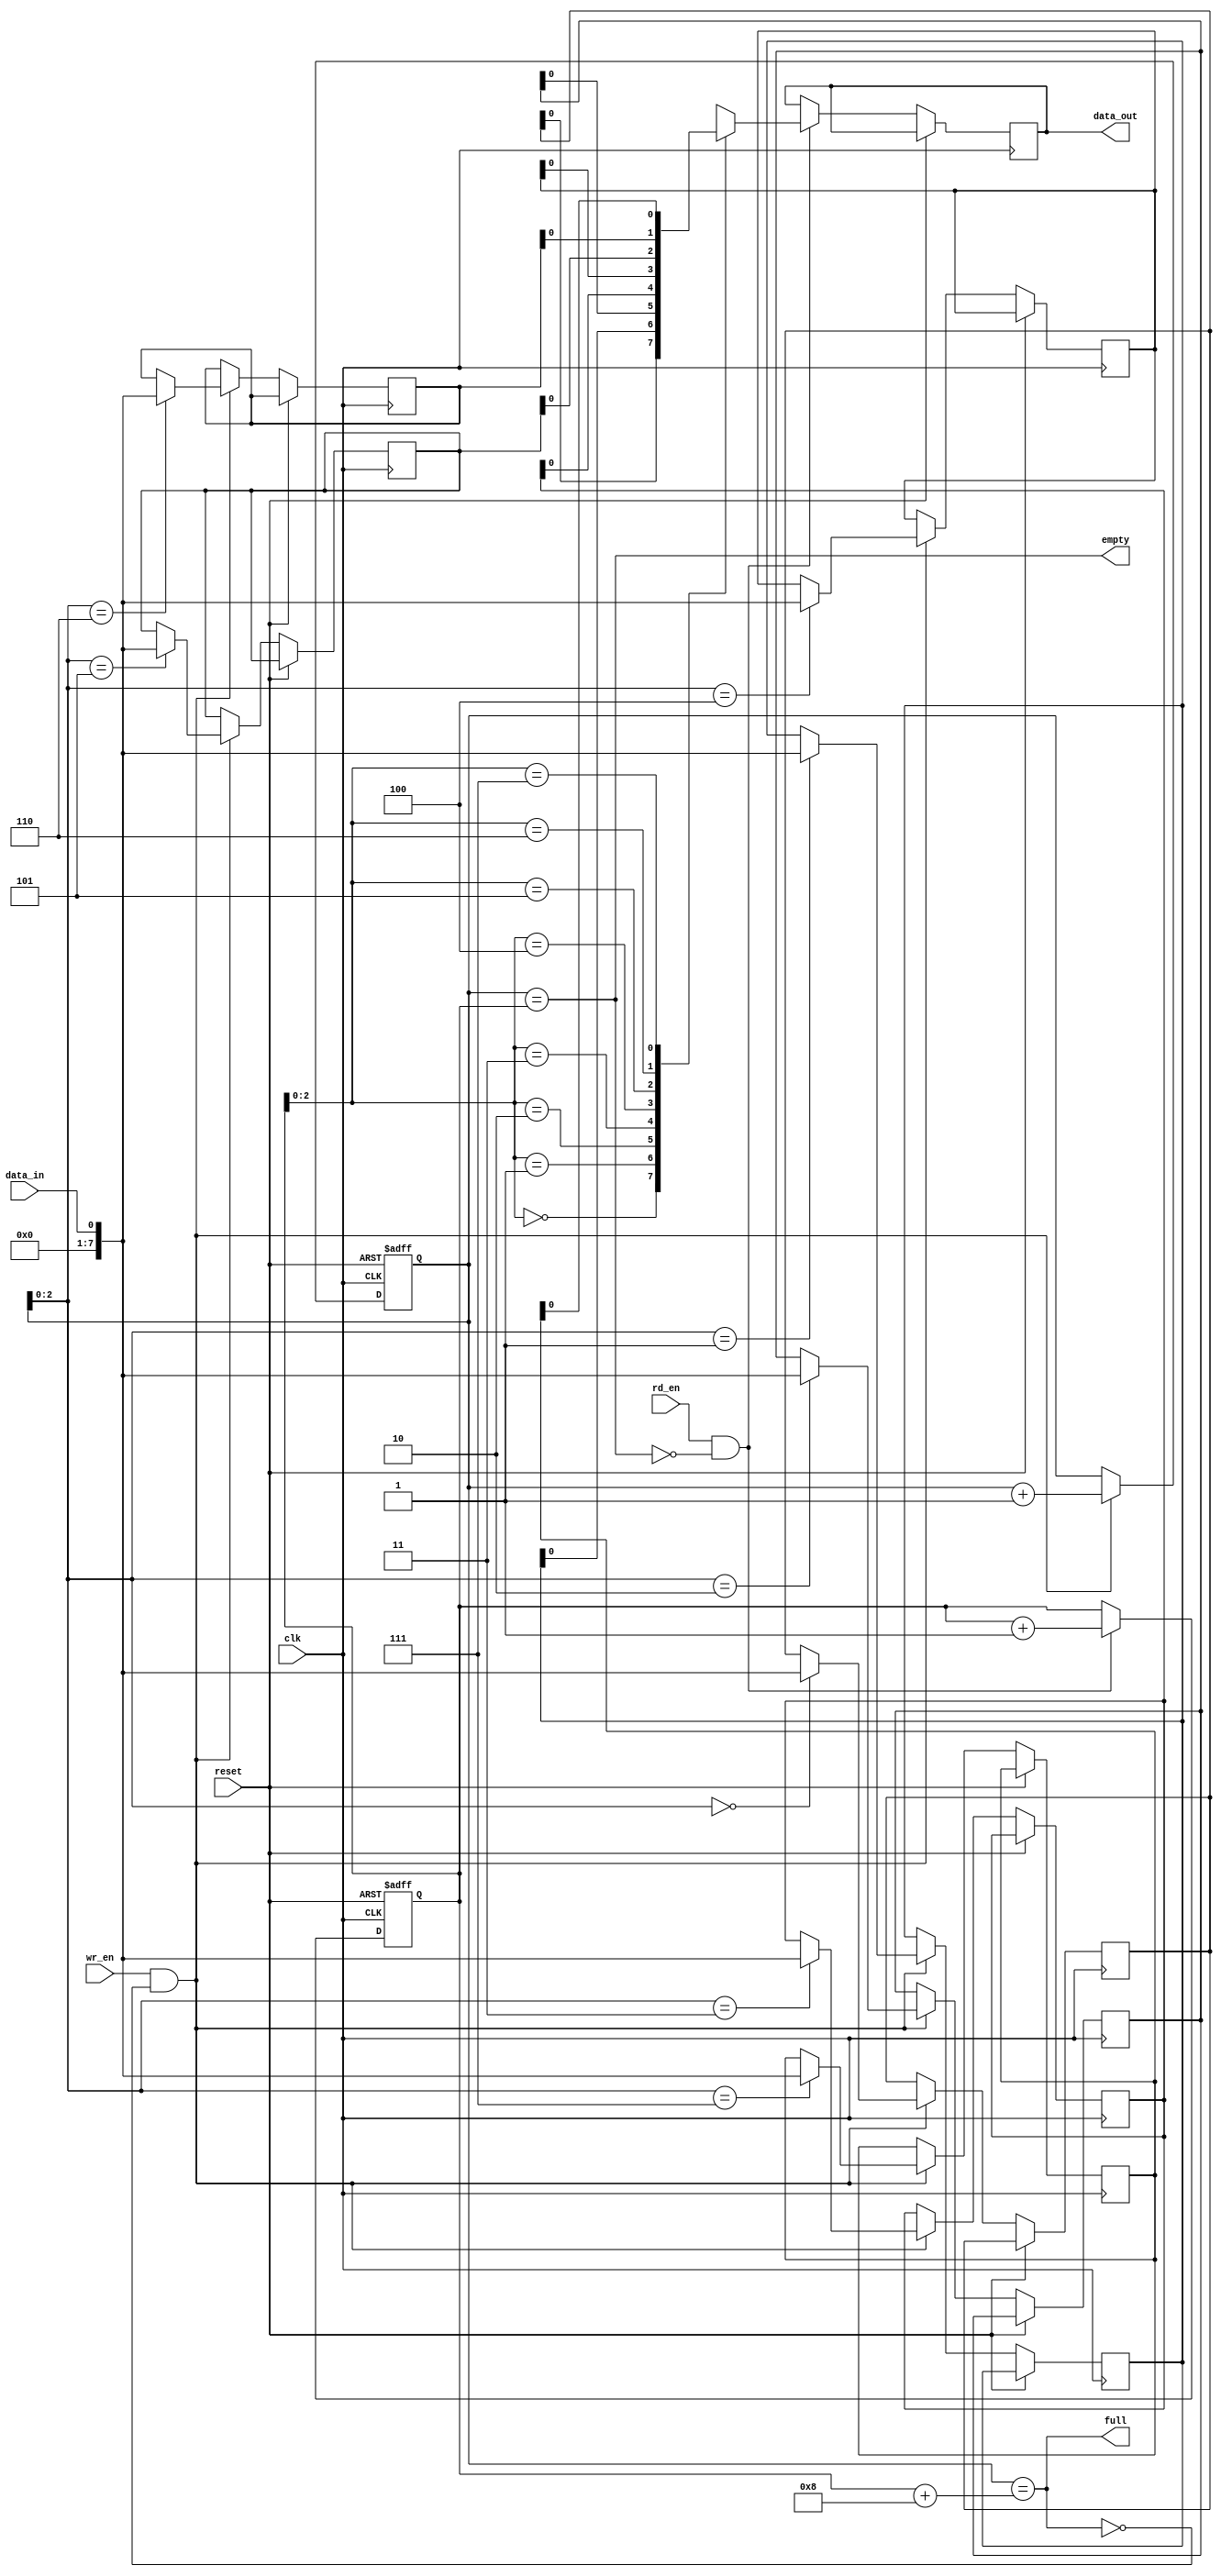
module CircularFIFO (
  input wire clk,
  input wire reset,
  input wire wr_en,
  input wire rd_en,
  input wire data_in,
  output wire data_out,
  output wire full,
  output wire empty
);

parameter SIZE = 8; // Size of the FIFO
parameter WIDTH = 8; // Width of each data element

reg [WIDTH-1:0] memory [SIZE-1:0];
reg [3:0] wr_ptr, rd_ptr;

assign full = (wr_ptr == rd_ptr + SIZE);
assign empty = (wr_ptr == rd_ptr);

always @(posedge clk or posedge reset) begin
  if (reset) begin
    wr_ptr <= 0;
    rd_ptr <= 0;
  end
  else begin
    if (wr_en && !full) begin
      memory[wr_ptr] <= data_in;
      wr_ptr <= wr_ptr + 1;
    end
    if (rd_en && !empty) begin
      data_out <= memory[rd_ptr];
      rd_ptr <= rd_ptr + 1;
    end
  end
end

endmodule